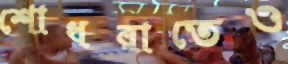
শোধরাতেও